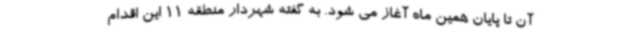
آن تا پایان همین ماه آغاز می شود. به گفته شهردار منطقه 11 این اقدام